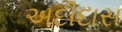
અદીદાસ